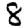
Digit: 8